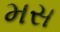
મસ